Indian journal of veterinary science and animal husbandry - Volume 6,
Year: 1936
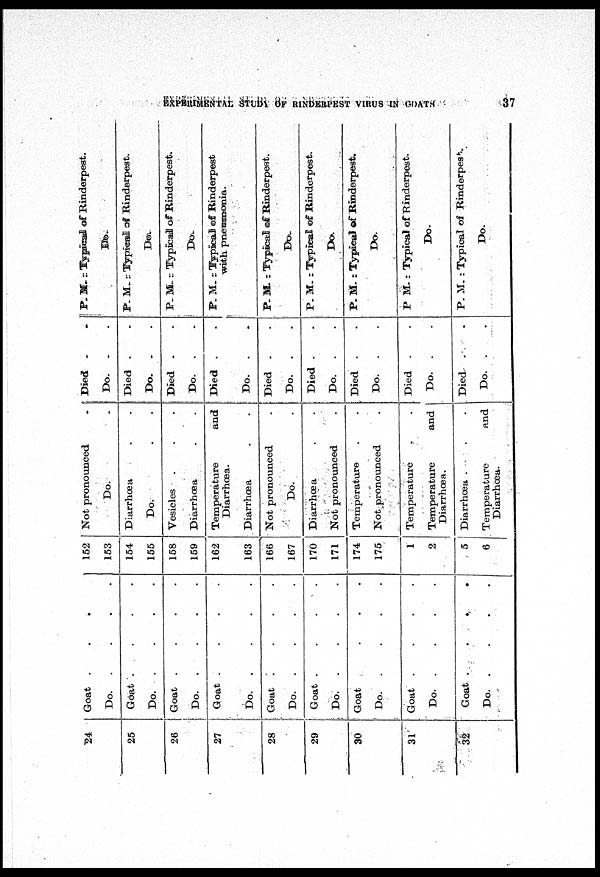
EXPERIMENTAL STUDY OF RINDERPEST VIRUS IN
GOATS
37
24
25
26
27
28
29
30
31
32
Goat . . . .
Do.
.
.
.
.
Goat
.
.
.
.
Do.
.
.
.
.
Goat
.
.
.
.
Do.
.
.
.
.
Goat
.
.
.
.
Do.
.
.
.
.
Goat
.
.
.
.
Do. . . . .
Goat
.
.
.
.
Do.
.
.
.
.
Goat . . . .
Do.
.
.
.
.
Goat
.
.
.
.
Do.
.
.
.
.
Goat
.
.
.
.
Do.
.
.
.
.
152
153
154
155
158
159
162
163
166
167
170
171
174
175
1
2
5
6
Not pronounced .
Do. .
Diarrhœa . .
Do. . .
Vesicles . . .
Diarrhœa . .
Temperature
and
Diarrhœa.
Diarrhœa . .
Not pronounced .
Do. .
Diarrhœa . .
Not pronounced .
Temperature . .
Not pronounced .
Temperature . .
Temperature
and
Diarrhœa.
Diarrhœa . . .
Temperature
and
Diarrhœa.
Died . .
Do. . .
Died . .
Do. . .
Died . .
Do. . .
Died . .
Do. . .
Died . .
Do. . .
Died . .
Do. . .
Died . .
Do. . .
Died . .
Do. . .
Died . .
Do. . .
P. M. : Typical of Rinderpest.
Do.
P. M. : Typical of Rinderpest.
Do.
P. M. : Typical of Rinderpest.
Do.
P. M. : Typical of Rinderpest
with pneumonia.
P. M. : Typical of Rinderpest.
Do.
P. M. : Typical of Rinderpest.
Do.
P. M. : Typical of Rinderpest.
Do.
P. M. : Typical of Rinderpest.
Do.
P. M. : Typical of Rinderpest.
Do.